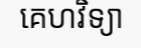
គេហវិទ្យា